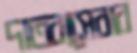
দাতব্যসেবার